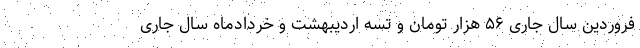
فروردین سال جاری ۵۶ هزار تومان و تسه اردیبهشت و خردادماه سال جاری